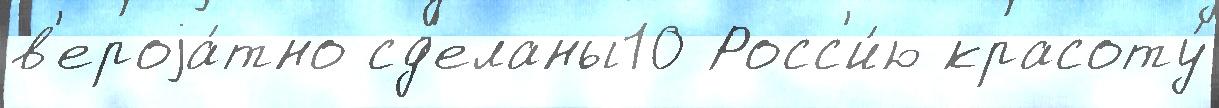
в'ероjа́тно сд'еланы10 Росс'и́ю красоту́